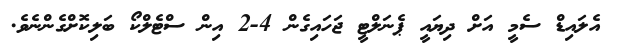
އެލައިޑް ސެމީ އަށް ދިޔައީ ޕެނަލްޓީ ޖަހައިގެން 4-2 އިން ސްޓެލްކޯ ބަލިކޮށްގެންނެވެ.